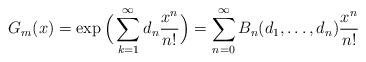
LaTeX: \begin{align*} G_m(x) &= \exp \Big( \sum_{k=1}^\infty d_n\frac{x^n}{n!}\Big)= \sum_{n=0}^\infty B_n (d_1, \dots , d_n) \frac{x^n}{n!}\end{align*}